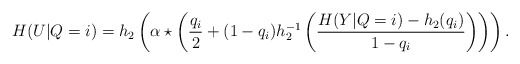
\begin{align*}H(U|Q=i)=h_2\left(\alpha\star\left(\frac{q_i}{2}+(1-q_i)h_2^{-1}\left(\frac{H(Y|Q=i)-h_2(q_i)}{1-q_i}\right)\right)\right).\end{align*}